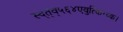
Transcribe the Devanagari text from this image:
स्द्त्॑व्५६४एवुत्किग्य्क।